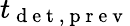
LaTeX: t_{\mathrm{~d~e~t~,~p~r~e~v~}}